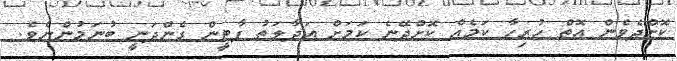
ކޮށްދެވެން އޮތް ހުރިހާ ކަމެއް ކޮށްދޭނެ ކަމަށް އަދާލަތު ޕާޓީން ގެންދަނީ ބުނަމުންނެވެ.